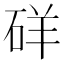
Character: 𥒞